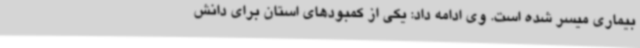
بیماری میسر شده است. وی ادامه داد: یکی از کمبودهای استان برای دانش